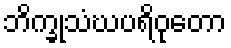
ဘိက္ခုသံဃပရိဝုတော